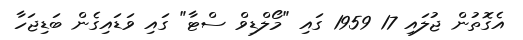
އެގޮތުން ޖުލައި 17 1959 ގައި "މޯލްޑިވް ސްޓާ" ގައި ވަޑައިގެން ބަޑިޖަހާ